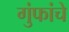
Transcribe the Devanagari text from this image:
गुंफांचे